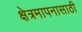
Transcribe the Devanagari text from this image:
क्षेत्रमापनासाठी